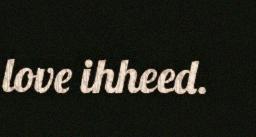
love ihheed.